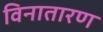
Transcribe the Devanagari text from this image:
विनातारण